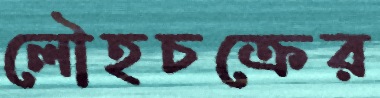
লৌহচক্রের